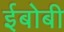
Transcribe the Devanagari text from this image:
ईबोबी